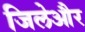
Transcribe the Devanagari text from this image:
जिलेऔर